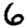
Digit: 6